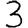
Digit: 3